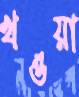
খওয়া